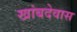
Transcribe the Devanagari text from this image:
खांबदेवास